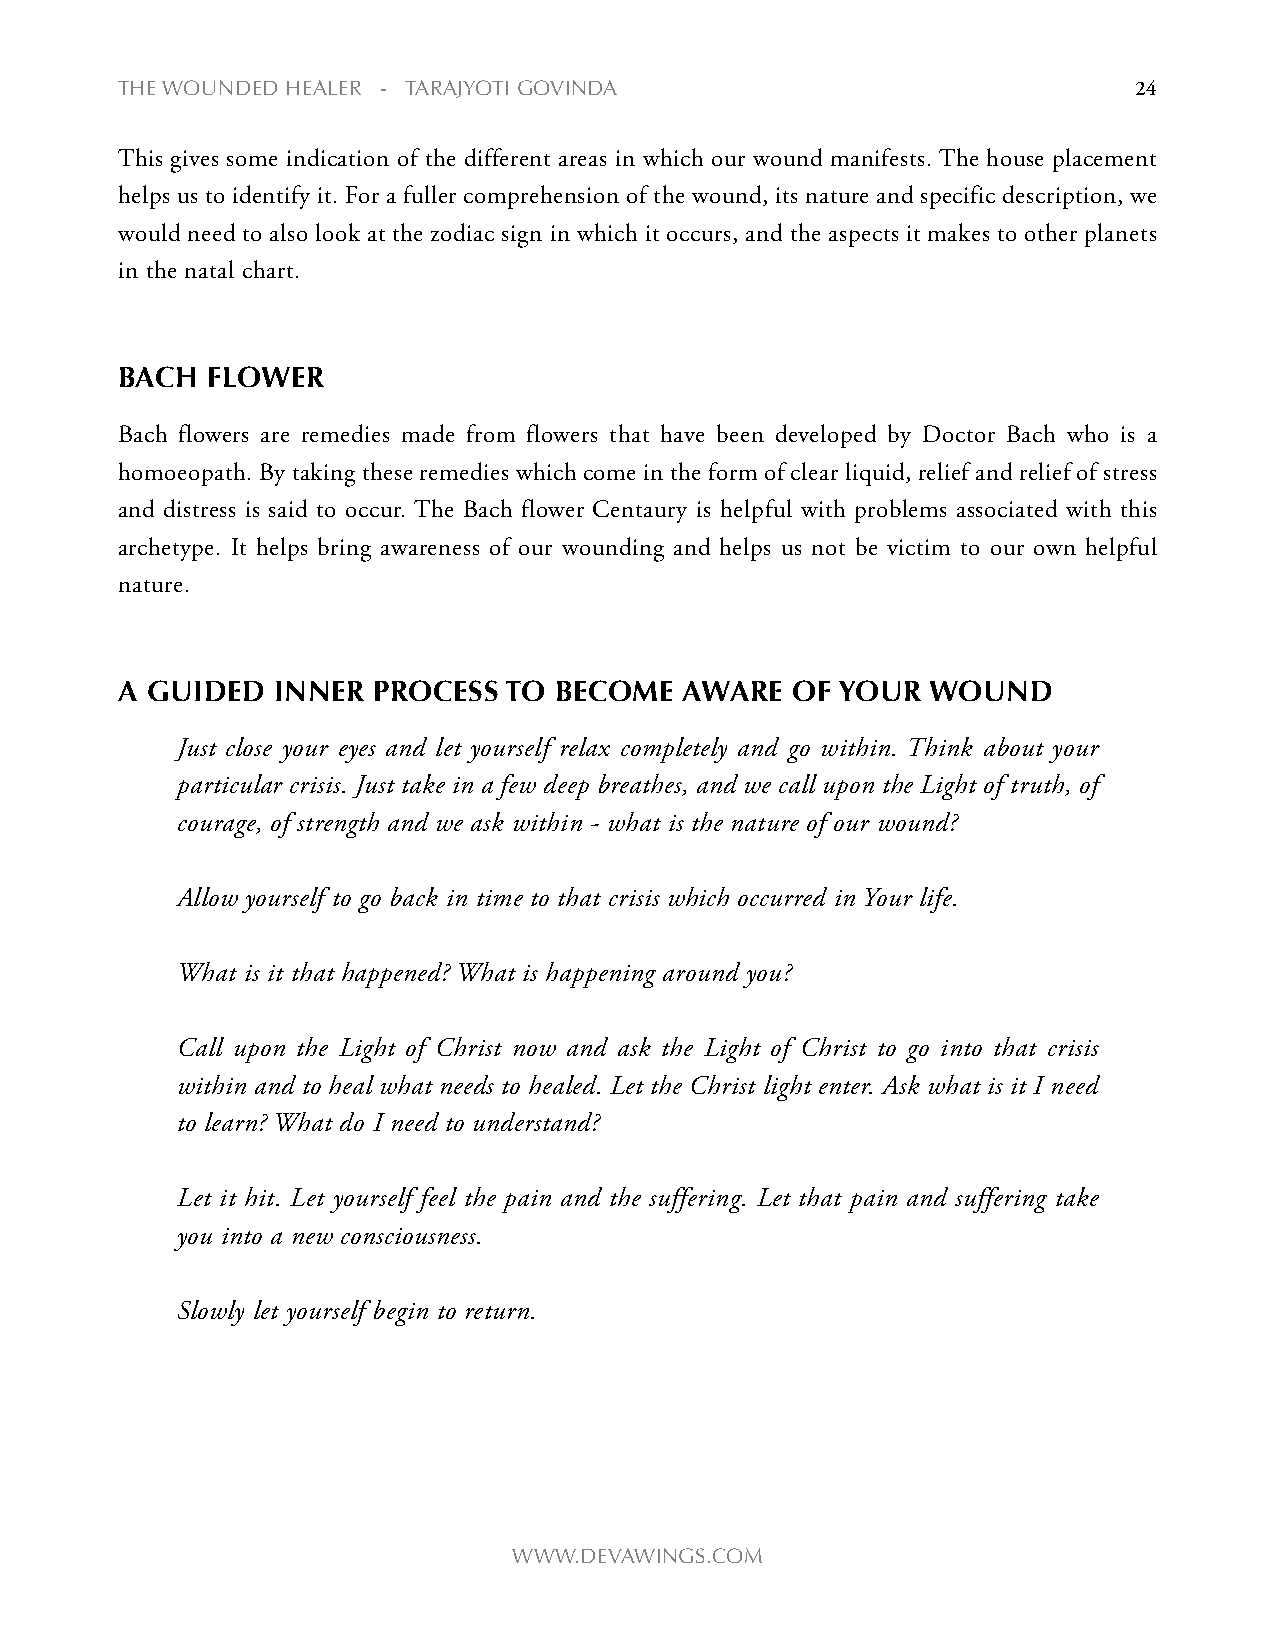
the WOUNDeD heALeR - tARAjyOti gOviNDA                             24
 This gives some indication of the different areas in which our wound manifests. The house placement
 helps us to identify it. For a fuller comprehension of the wound, its nature and specific description, we
 would need to also look at the zodiac sign in which it occurs, and the aspects it makes to other planets
 in the natal chart.
 BaCh  floWer
 Bach flowers are remedies made from flowers that have been developed by Doctor Bach who is a
 homoeopath. By taking these remedies which come in the form of clear liquid, relief and relief of stress
 and distress is said to occur. The Bach flower Centaury is helpful with problems associated with this
 archetype. It helps bring awareness of our wounding and helps us not be victim to our own helpful
 nature.
 a guided  inner  proCess To  BeCome  aWare  of your   Wound
 Just close your eyes and let yourself relax completely and go within. Think about your
 particular crisis. Just take in a few deep breathes, and we call upon the Light of truth, of
 courage, of strength and we ask within - what is the nature of our wound?
 Allow yourself to go back in time to that crisis which occurred in Your life.
 What is it that happened? What is happening around you?
 Call upon the Light of Christ now and ask the Light of Christ to go into that crisis
 within and to heal what needs to healed. Let the Christ light enter. Ask what is it I need
 to learn? What do I need to understand?
 Let it hit. Let yourself feel the pain and the suffering. Let that pain and suffering take
 you into a new consciousness.
 Slowly let yourself begin to return.
 WWW.DevAWiNgs.cOm